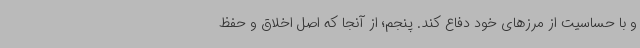
و با حساسیت از مرزهای خود دفاع کند. پنجم؛ از آنجا که اصل اخلاق و حفظ